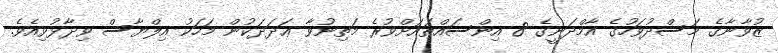
ޒުވާނާގެ މަސްދުވަހުގެ އާމްދަނީގެ 8 އިންސައްތައަށްވުރެ މަތިނުވާ ޢަދަދަކުން މަހަކު އިލްޔާސް ވިދާޅުވިއެވެ.